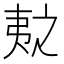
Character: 𫡛